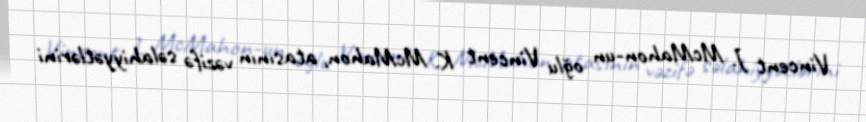
Vincent J. McMahon-un oğlu Vincent K. McMahon, atasının vəzifə səlahiyyətlərini